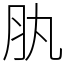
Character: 肒